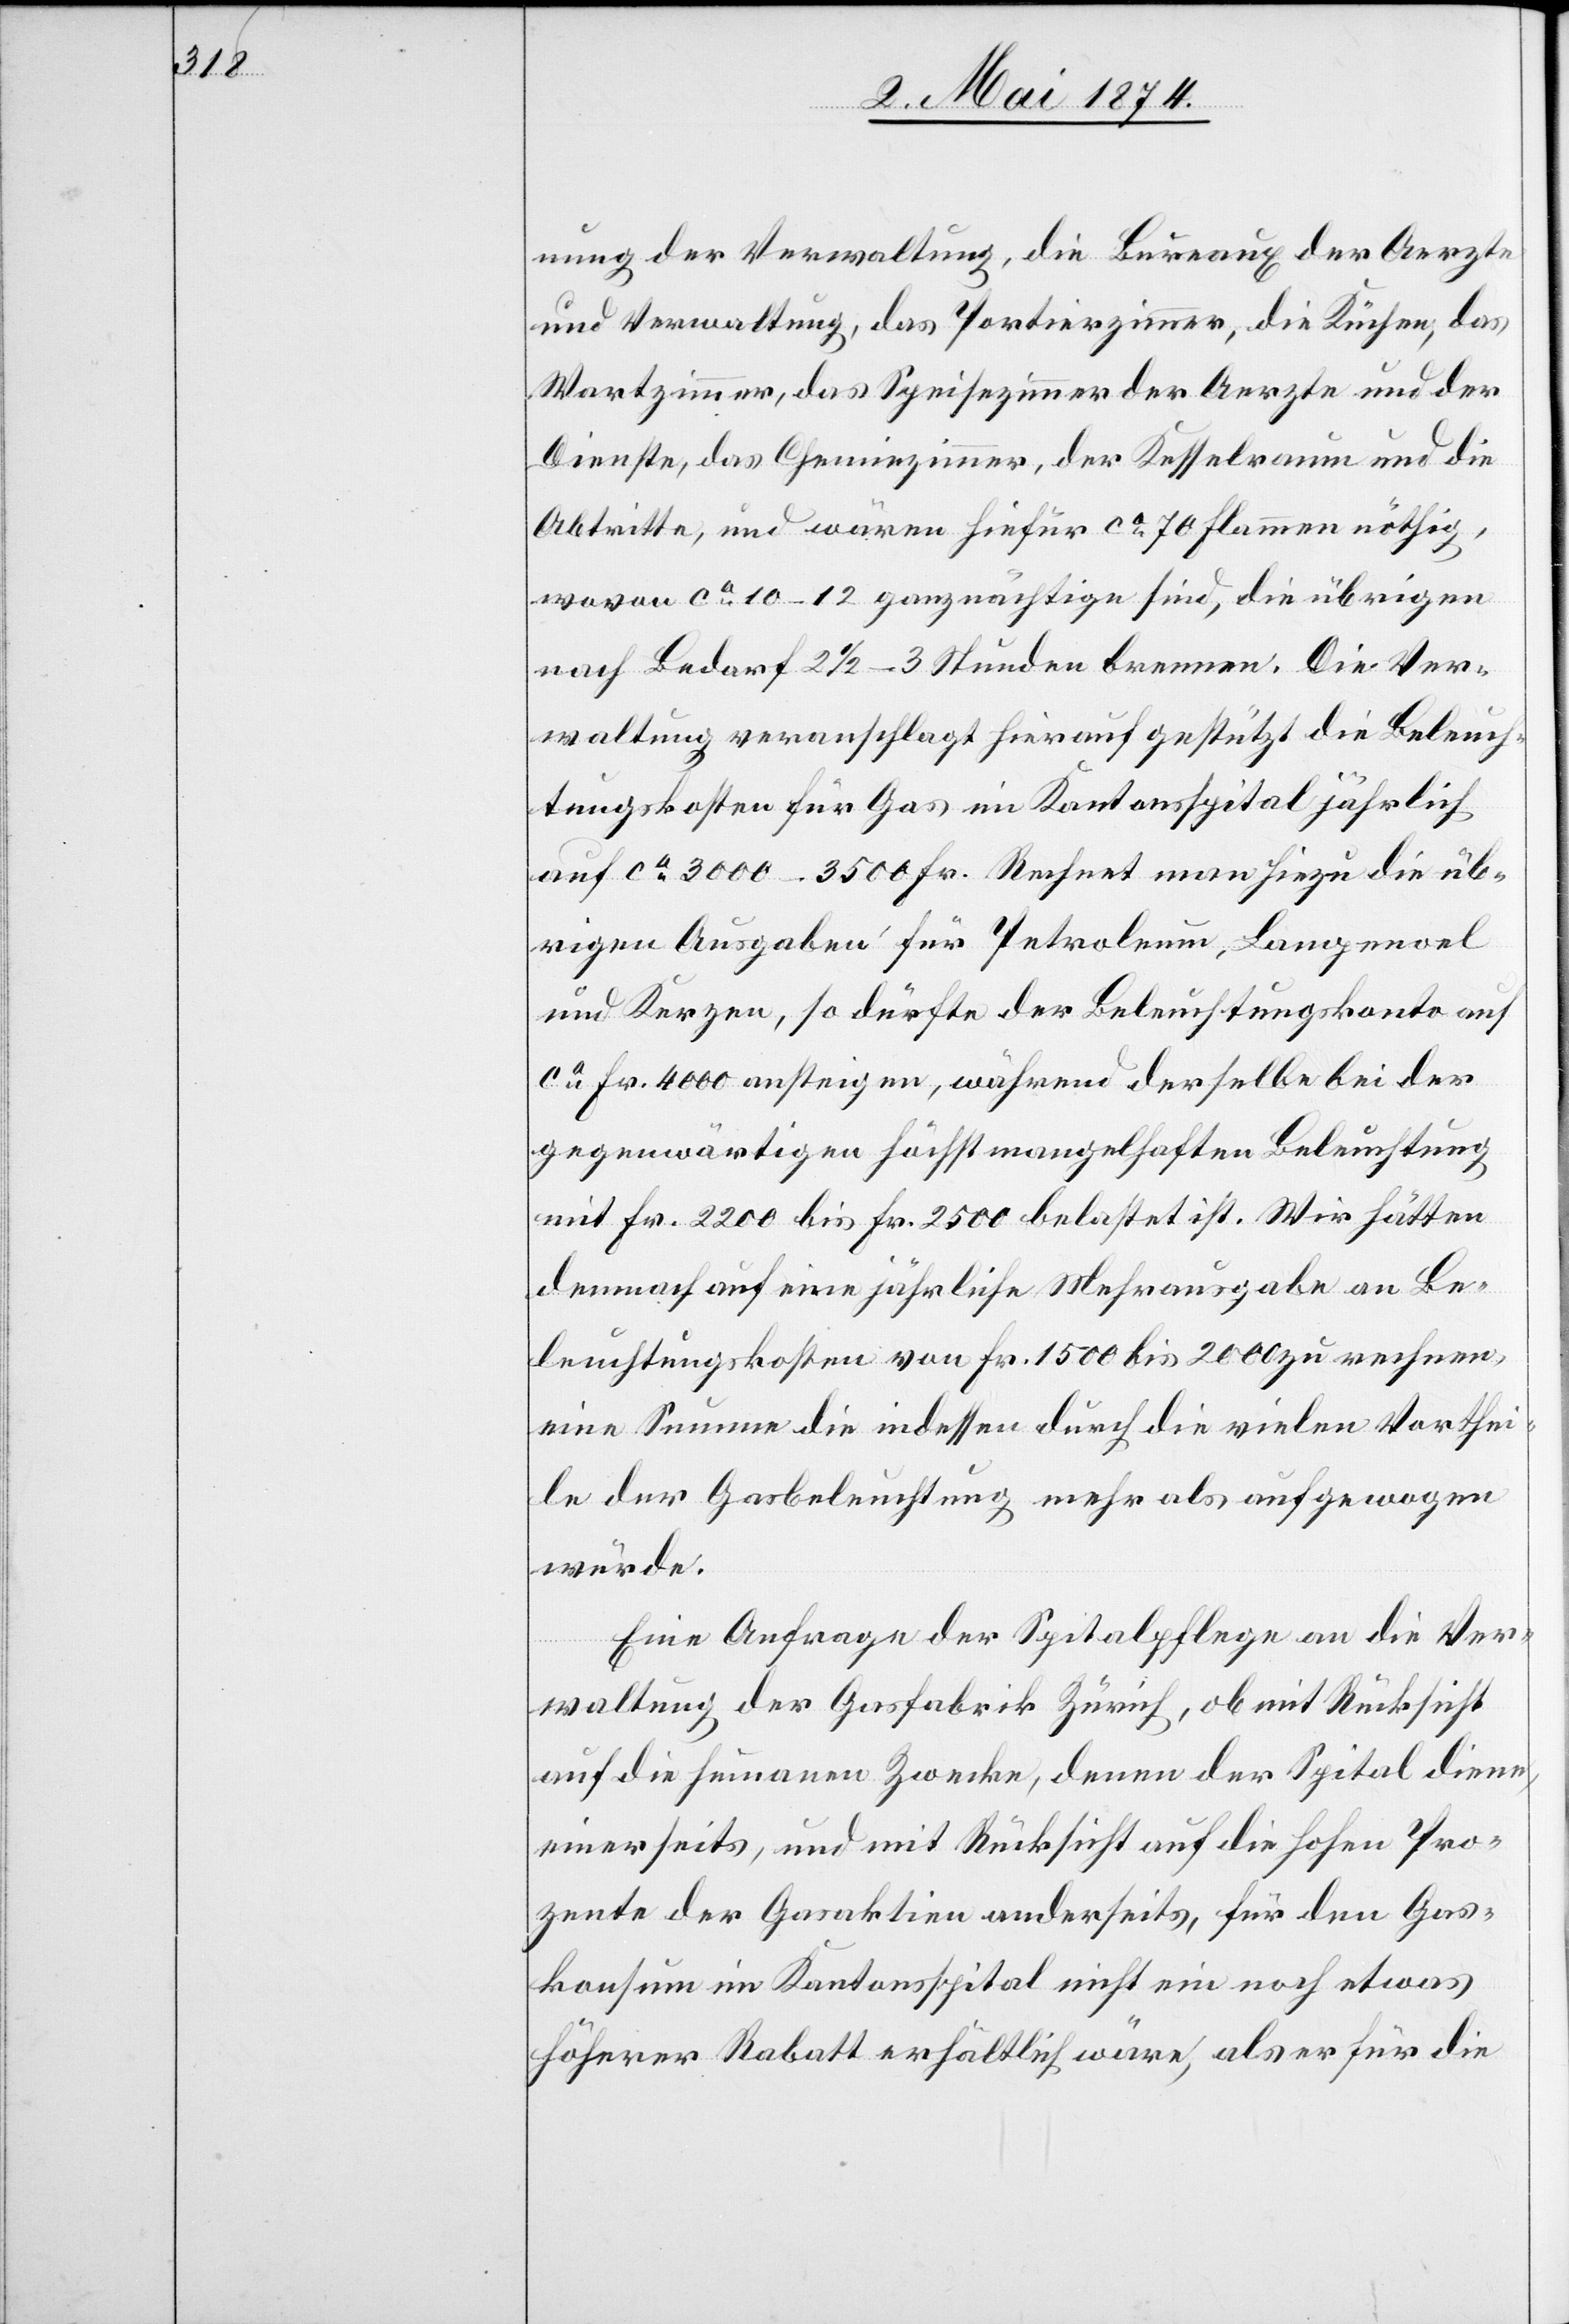
nung der Verwaltung, die Bureaux der Aerzte
und Verwaltung, das Portierzimmer, die Küchen, das
Wartzimmer, das Speisezimmer der Aerzte und der
Dienste, das Chemiezimmer, der Kesselraum und die
Abtritte, und wären hiefür ca 70 Flammen nöthig,
wovon ca 10–12 ganznächtige sind, die übrigen
nach Bedarf 2 1/2–3 Stunden brennen. Die Ver¬
waltung veranschlagt hierauf gestützt die Beleuch¬
tungskosten für Gas im Kantonsspital jährlich
auf ca 3000–3500 Fr. Rechnet man hiezu die üb¬
rigen Ausgaben für Petroleum, Lampenoel
und Kerzen, so dürfte der Beleuchtungskonto auf
ca Fr. 4000 ansteigen, während derselbe bei der
gegenwärtigen höchst mangelhaften Beleuchtung
mit Fr. 2200 bis Fr. 2500 belastet ist. Wir hätten
demnach auf eine jährliche Mehrausgabe an Be¬
leuchtungskosten von Fr. 1500 bis 2000 zu rechnen,
eine Summe die indessen durch die vielen Vorthei¬
le der Gasbeleuchtung mehr als aufgewogen
würde.
Eine Anfrage der Spitalpflege an die Ver¬
waltung der Gasfabrik Zürich, ob mit Rücksicht
auf die humanen Zwecke, denen der Spital diene,
einerseits, und mit Rücksicht auf die hohen Pro¬
zente der Gasaktien anderseits, für den Gas¬
konsum im Kantonsspital nicht ein noch etwas
höherer Rabatt erhältlich wäre, als er für die